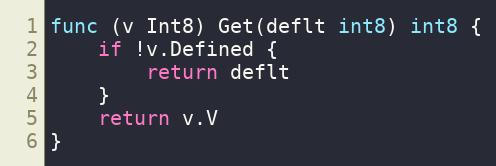
Language: Go
func (v Int8) Get(deflt int8) int8 {
	if !v.Defined {
		return deflt
	}
	return v.V
}